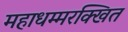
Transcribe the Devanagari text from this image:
महाधम्मरक्खित